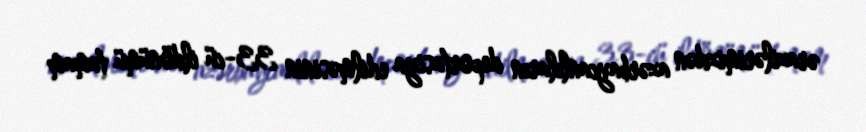
ərazilərimizdən azərbaycanlıların deportasiya edilməsinin 33-cü ildönümü tamam